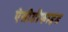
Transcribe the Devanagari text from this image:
ऐसीडीफाइड